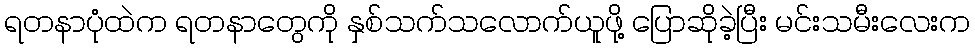
ရတနာပုံထဲက ရတနာတွေကို နှစ်သက်သလောက်ယူဖို့ ပြောဆိုခဲ့ပြီး မင်းသမီးလေးက